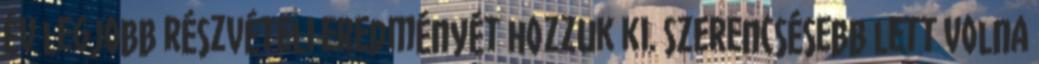
év legjobb részvételi eredményét hozzuk ki. Szerencsésebb lett volna